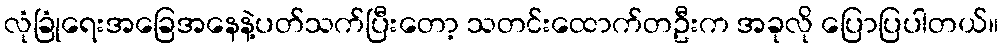
လုံခြုံရေးအခြေအနေနဲ့ပတ်သက်ပြီးတော့ သတင်းထောက်တဦးက အခုလို ပြောပြပါတယ်။